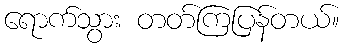
ရောက်သွား တတ်ကြပြန်တယ်။